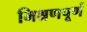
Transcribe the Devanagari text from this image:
मिश्रणपूर्ण